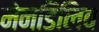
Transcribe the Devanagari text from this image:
मेनडिलिव